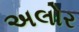
અલોર